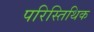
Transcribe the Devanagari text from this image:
परिस्तिथिक